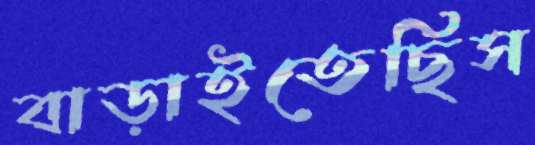
বাড়াইতেছিস